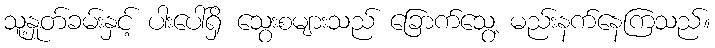
သူ့နှုတ်ခမ်းနှင့် ပါးပေါ်ရှိ သွေးစများသည် ခြောက်သွေ့ မည်းနက်နေကြသည်။